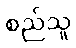
စည်သူ